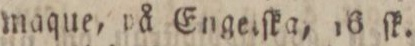
maque, på Engeiſka, 16 ſk.